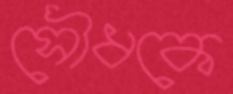
সৌধকে